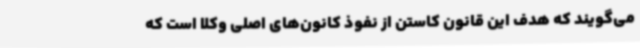
می‌گویند که هدف این قانون کاستن از نفوذ کانون‌های اصلی وکلا است که